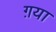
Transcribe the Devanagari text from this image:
ग़या